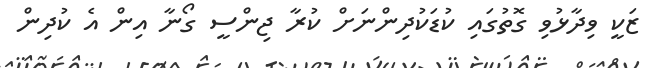
ޒަކީ ވިދާޅުވި ގޮތުގައި ކުޑަކުދިންނަށް ކުރާ ޖިންސީ ގޯނާ އިން އެ ކުދިން